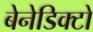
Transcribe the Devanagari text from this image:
बेनेडिक्टो